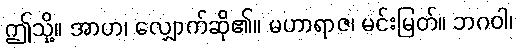
ဤသို့။ အာဟ၊ လျှောက်ဆို၏။ မဟာရာဇ၊ မင်းမြတ်။ ဘဂဝါ၊